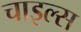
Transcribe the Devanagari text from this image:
चाइल्स